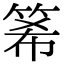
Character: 𥭘